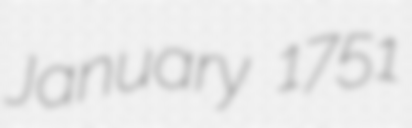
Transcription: January 1751